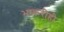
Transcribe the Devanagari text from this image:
भाकरीही